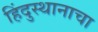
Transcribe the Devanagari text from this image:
हिंदुस्थानाचा